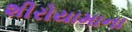
શીરોયામાના